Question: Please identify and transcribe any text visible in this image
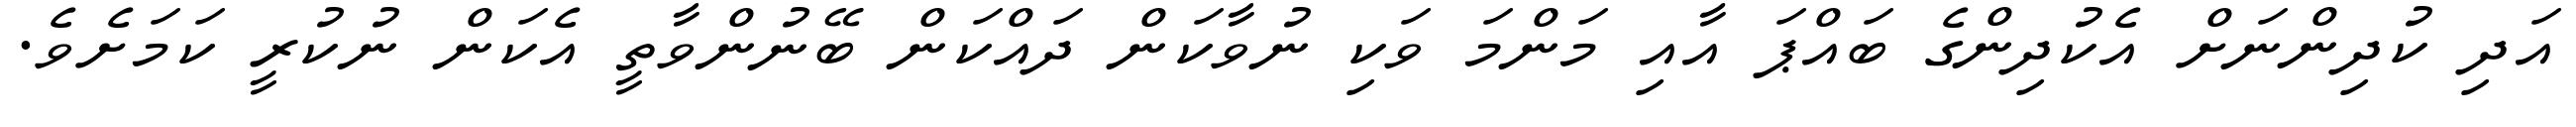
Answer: އަދި ކުދިންނަށް އެކުދިންގެ ބައްޕަ އާއި މަންމަ ވަކި ނުވާކަން ދައްކަން ބޭނުންވާތީ އެކަން ނުކުރީ ކަމަށެވެ.